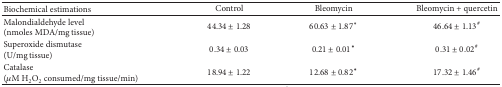
| Biochemical estimations | Control | Bleomycin | Bleomycin + quercetin |
 | --- | --- | --- | --- |
 | Malondialdehyde level(nmoles MDA/mg tissue) | 44.34 ± 1.28 | 60.63 ± 1.87* | 46.64 ± 1.13# |
 | Superoxide dismutase(U/mg tissue) | 0.34 ± 0.03 | 0.21 ± 0.01* | 0.31 ± 0.02# |
 | Catalase(μM H2O2 consumed/mg tissue/min) | 18.94 ± 1.22 | 12.68 ± 0.82* | 17.32 ± 1.46# |